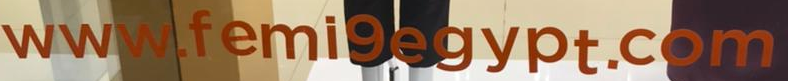
www.femi9egypt.com